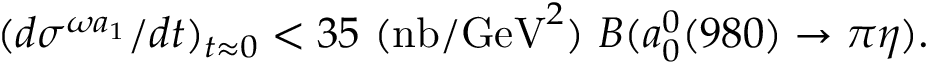
( d \sigma ^ { \omega a _ { 1 } } / d t ) _ { t \approx 0 } < 3 5 \ ( \mathrm { n b / G e V } ^ { 2 } ) \ B ( a _ { 0 } ^ { 0 } ( 9 8 0 ) \rightarrow \pi \eta ) .